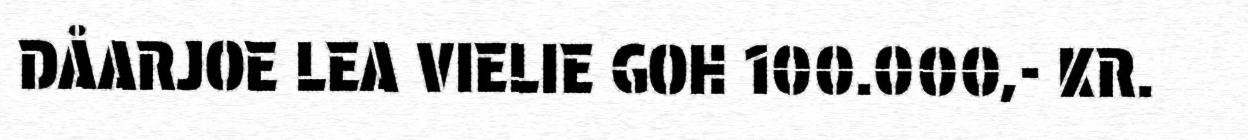
DÅARJOE LEA VIELIE GOH 100.000,- KR.